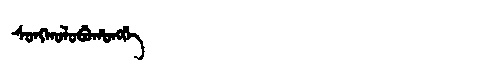
Manchu: ᠰᠣᠩᡴᠣᠯᠣᠪᡠᡥᠣᠩᡤᡝ
Romanization: SONGKOLOBUHONGGE